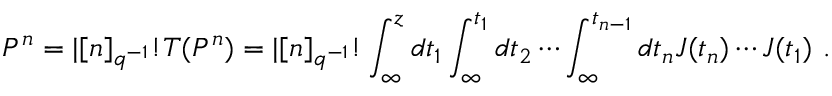
P ^ { n } = | [ n ] _ { q ^ { - 1 } } ! T ( P ^ { n } ) = | [ n ] _ { q ^ { - 1 } } ! \int _ { \infty } ^ { z } d t _ { 1 } \int _ { \infty } ^ { t _ { 1 } } d t _ { 2 } \cdots \int _ { \infty } ^ { t _ { n - 1 } } d t _ { n } J ( t _ { n } ) \cdots J ( t _ { 1 } ) ~ .